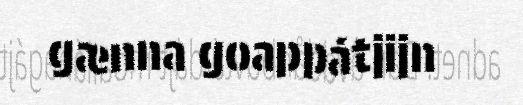
gænna goappátjijn